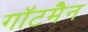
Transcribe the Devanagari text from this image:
गॉटमैन